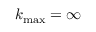
k _ { \operatorname* { m a x } } = \infty